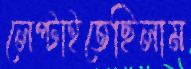
লেপ্‌টাইতেছিলাম